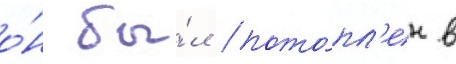
о́н бы́л пото́пл'ен в